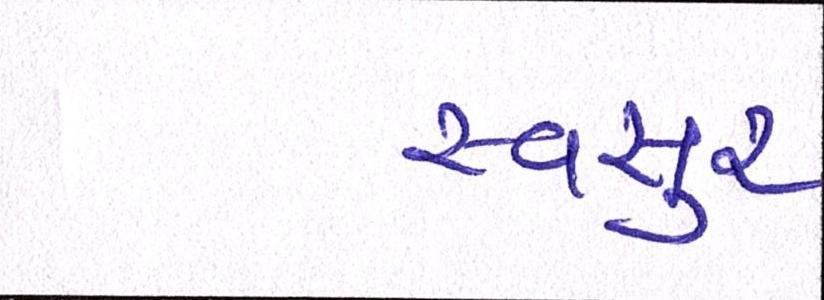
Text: સ્વસુર